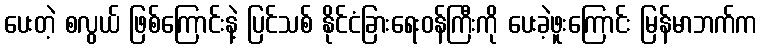
ပေးတဲ့ စလွယ် ဖြစ်ကြောင်းနဲ့ ပြင်သစ် နိုင်ငံခြားရေးဝန်ကြီးကို ပေးခဲ့ဖူးကြောင်း မြန်မာဘက်က